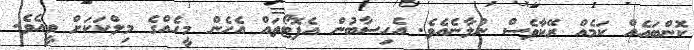
ކޮންބައެއް ކަމެއް ރޭކާވެސް ނުލާނެއެވެ. އެހިސާބުން އެފޮޓޯތައް އެހެން މީހެއްގެ މިލްކަކަށް ވީއެވެ.